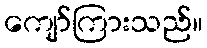
ကျော်ကြားသည်။